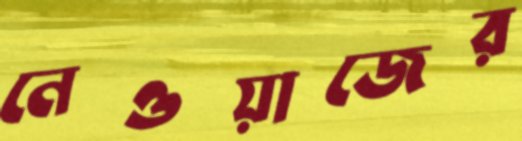
নেওয়াজের